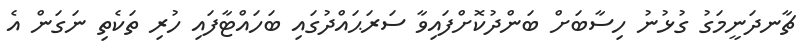
ޗާނދަނީމަގު ގުޅުނު ހިސާބަށް ބަންދުކޮށްފައިވާ ސަރަޙައްދުގައި ބަހައްޓާފައި ހުރި ތަކެތި ނަގަން އެ